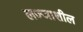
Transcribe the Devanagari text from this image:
लज्जाशील